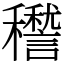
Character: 䆌